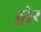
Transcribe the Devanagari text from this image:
ड्वोर